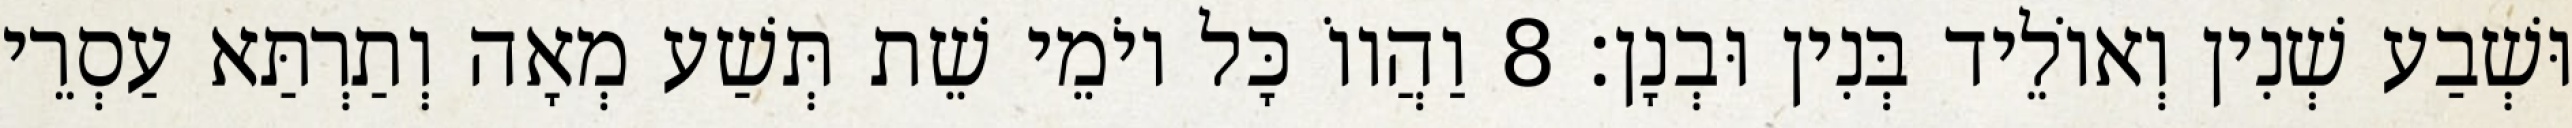
וּשְׁבַע שְׁנִין וְאוֹלֵיד בְּנִין וּבְנָן׃ 8 וַהֲווֹ כָּל יוֹמֵי שֵׁת תְּשַׁע מְאָה וְתַרְתַּא עַסְרֵי